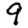
Digit: 9